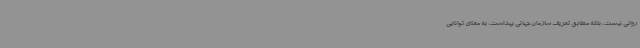
روانی نیست، بلکه مطابق تعریف سازمان جهانی بهداشت، به معنای توانایی